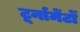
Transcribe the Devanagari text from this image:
टूर्नामेंर्टों